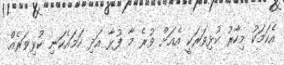
އެކަމަކު މިހާރު ކުޅިވަރަކީ އެއަށް ވުރެ މާ ފުޅާ އަދި ހަމައެކަނި ކުޅިވަރެއް